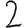
Digit: 2